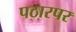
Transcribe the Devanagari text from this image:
पठारपर